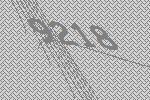
9218